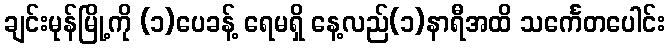
ချင်းမုန်မြို့ကို (၁)ပေခန့် ရေမရှိ နေ့လည်(၁)နာရီအထိ သင်္ကေတပေါင်း